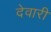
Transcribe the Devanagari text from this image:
देवारी